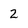
Character: 2